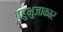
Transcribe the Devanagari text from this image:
बहुभुजाकार